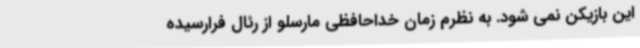
این بازیکن نمی شود. به نظرم زمان خداحافظی مارسلو از رئال فرارسیده